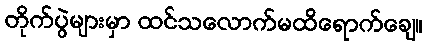
တိုက်ပွဲများမှာ ထင်သလောက်မထိရောက်ချေ။